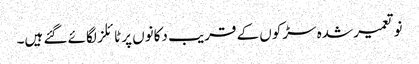
نو تعمیر شدہ سڑکوں کے قریب دکانوں پر ٹائلز لگائے گئے ہیں۔